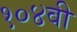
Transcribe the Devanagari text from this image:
१०४वी